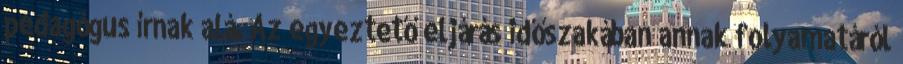
pedagógus írnak alá. Az egyeztető eljárás időszakában annak folyamatáról